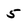
Character: 5